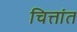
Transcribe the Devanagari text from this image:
चित्तांत